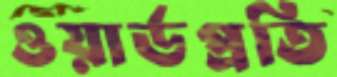
ওয়ার্ডপ্রতি